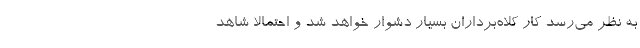
به نظر می‌رسد کار کلاه‌برداران بسیار دشوار خواهد شد و احتمالا شاهد